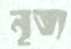
নৃত্য